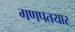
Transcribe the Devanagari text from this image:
गणपतयार